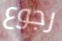
رجوع